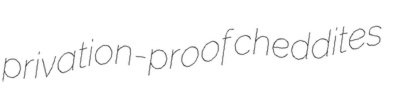
privation-proof cheddites